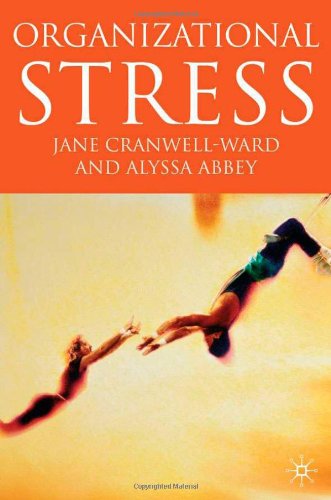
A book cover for Organizational Stress; Jane Cranwell-Ward; Business & Money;